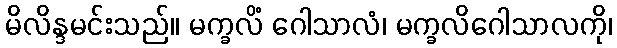
မိလိန္ဒမင်းသည်။ မက္ခလိံ ဂေါသာလံ၊ မက္ခလိဂေါသာလကို၊